Medical and sanitary report of the native army of Bengal for the year
Year: 1877
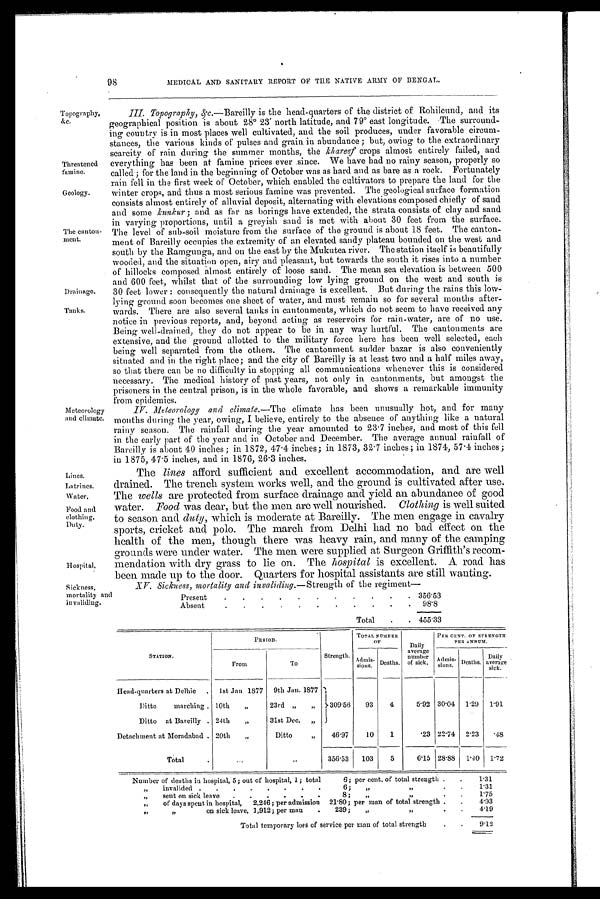
98
MEDICAL AND SANITARY REPORT OF THE NATIVE ARMY OF BENGAL.
Topography,
&c.
Threatened
famine.
Geology.
The canton-
ment.
Drainage.
Tanks.
Meteorology
and climate.
Lines.
Latrines.
Water
Food and
clothing.
Duty.
Hospital.
•
III. Topography, &c.—Bareilly is the head-quarters of the district of Rohilcund, and its
geographical position is about 28° 23' north latitude, and 79° east longitude. The surround-
ing country is in most places well cultivated, and the soil produces, under favorable circum-
stances, the various kinds of. pulses and grain in abundance ; but, owing to the extraordinary
scarcity of rain during the summer months, the khareef crops almost entirely failed, and
everything has been at famine prices ever since. We have had no rainy season, properly so
called; for the land in the beginning, of October was as hard and as bare as a rock. Fortunately
rain fell in the first week of October, which enabled the cultivators to prepare the land for the
winter crops, and thus a most serious famine was prevented. The geological surface formation
consists almost entirely of alluvial deposit, alternating with elevations composed chiefly of sand
and some kunkur ; and as far as borings have extended, the strata consists of clay and sand
in varying proportions, until a greyish sand is met with about 30 feet from the surface.
The level of sub-soil moisture from the surface of the ground is about 18 feet. The canton-
ment of Bareilly occupies the extremity of an elevated sandy plateau bounded on the west and
south by the Ramgunga, and on the east by the Mukutea river. The station itself is beautifully
wooded, and the situation open, airy and pleasant, but towards the south it rises into a number
of hillocks composed almost entirely of loose sand. The mean sea elevation is between 500
and 600 feet, whilst that of the surrounding low lying ground on the west and south is
30 feet lower : consequently the natural drainage is excellent. But during the rains this low-
lying ground soon becomes one sheet of water, and must remain so for several months after-
wards. There are also several tanks in cantonments, which do not seem to have received any
notice in previous reports, and, beyond acting as reservoirs for rain-water, are of no use.
Being well-drained, they do not appear to be in any way hurtful. The cantonments are
extensive, and the ground allotted to the military force here has been well selected, each
being well separated from the others. The cantonment sudder bazar is also conveniently
situated and in the right place; and the city of Bareilly is at least two and a half miles away,
so that there can be no difficulty in stopping all communications whenever this is considered
necessary. The medical history of past years, not only in cantonments, but amongst the
prisoners in the central prison, is in the whole favorable, and shows a remarkable immunity
from epidemics.
IV.
Meteorology and climate.— The climate has been unusually hot, and for many
months during the year, owing, I believe, entirely to the absence of anything like a natural
rainy season. The rainfall during the year amounted to 23.7 inches, and most of this fell
in the early part of' the year and in October and December. The average annual rainfall of
Bareilly is about 40 inches ; in 1872, 47 . 4 inches; in 1873, 32.7 inches; in 1874, 57 . 4 inches;
in 1875, 47.5 inches, and in 1876, 26 . 3 inches.
The lines afford sufficient and excellent accommodation, and are well
drained. The trench system works well, and the ground is cultivated after use.
The wells are protected from surface drainage and yield an abundance of good
water. Food was dear, but the men are well nourished. Clothing is well suited
to season and duty, which is moderate at Bareilly. The men engage in cavalry
sports, cricket and polo. The march from Delhi had no bad effect on the
health of the men, though there was heavy rain, and many of the camping
grounds were under water. The men were supplied at Surgeon Griffith's recom-
mendation with dry grass to lie on. The hospital is excellent. A road has
been made up to the door. Quarters for hospital assistants are still wanting.
Sickness,
mortality and
invaliding.
XV. Sickness, mortality and invaliding.— Strength of the regiment—
Present
.
.
.
.
.
__
.
.
.
.
.
. 356.53
Absent
.
.
.
.
.
.
.
.
.
.
.
98.8
Total
.
. 455.33
STATION.
PERIOD.
Strength.
OF
TOTAL NUMBER
Daily
average
number
of sick.
PER CENT. OF STRENGTH
PER ANNUM.
rrom
To
Admis-
sions. Deaths.
a d m i s - s i o n s . Deaths.
Daily.
average
sick.
Head-quarters at Delhie
.
1st Jan 1877
9th Jan. 1877
Ditto
marching . 10th
„
23rd „
„
309.56
93
4
5.92 30.04 1.29
1.91
Ditto at Bareilly . 24th
„
31st Dec.
„
Detachment at Moradabad . 20th
„
Ditto
„
46.97
10
1
.23 22.74 2.23
.48
Total
.
. . .
. . .
356.53
103
5
6.15 28.88
1.40 1.72
Number of deaths in hospital, 5; out of hospital, 1; total
6; per cent, of total strength
.
.
1.31
„
invalided .
.
.
.
.
.
.
.
6;
„
„
.
.
1.31
„
sent on sick leave
.
.
.
.
.
.
8;
„ „
.
.
1.75
,,
of days spent in hospital,
2,246; per admission
21.80; per man of total strength .
.
4.93
„ „
on sick leave, 1,912; per man
.
239;
„
„
.
.
4.19
Total temporary loss of service per man of total strength
.
.
9-12